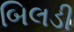
બિલડી